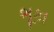
ભૂકા